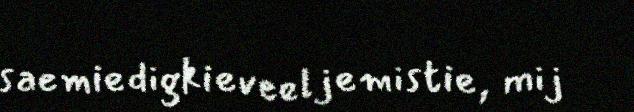
saemiedigkieveeljemistie, mij